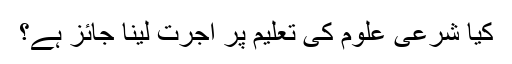
کیا شرعی علوم کی تعلیم پر اجرت لینا جائز ہے؟